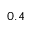
0 . 4